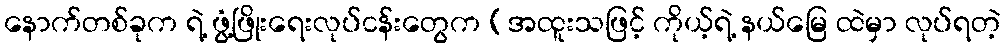
နောက်တစ်ခုက ရဲ့ ဖွံ့ဖြိုးရေးလုပ်ငန်းတွေက (အထူးသဖြင့် ကိုယ့်ရဲ့ နယ်မြေ ထဲမှာ လုပ်ရတဲ့